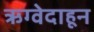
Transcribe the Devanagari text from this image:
ऋग्वेदाहून